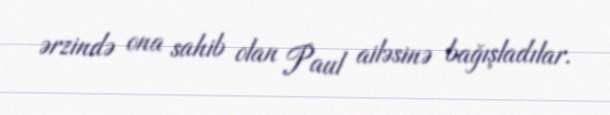
ərzində ona sahib olan Paul ailəsinə bağışladılar.